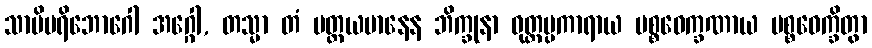
သာမိပရိဘောဂေါ အဂ္ဂေါ, တသ္မာ တံ ပတ္ထယမာနေန ဘိက္ခုနာ ဝုတ္တပ္ပကာရာယ ပစ္စဝေက္ခဏာယ ပစ္စဝေက္ခိတွာ